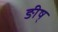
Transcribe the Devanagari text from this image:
ङीष्